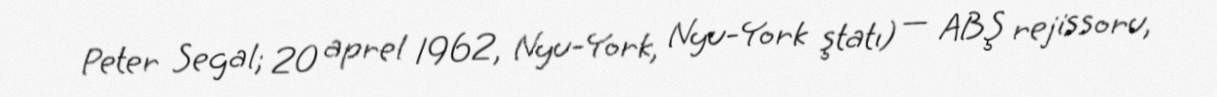
Peter Segal; 20 aprel 1962, Nyu-York, Nyu-York ştatı) — ABŞ rejissoru,